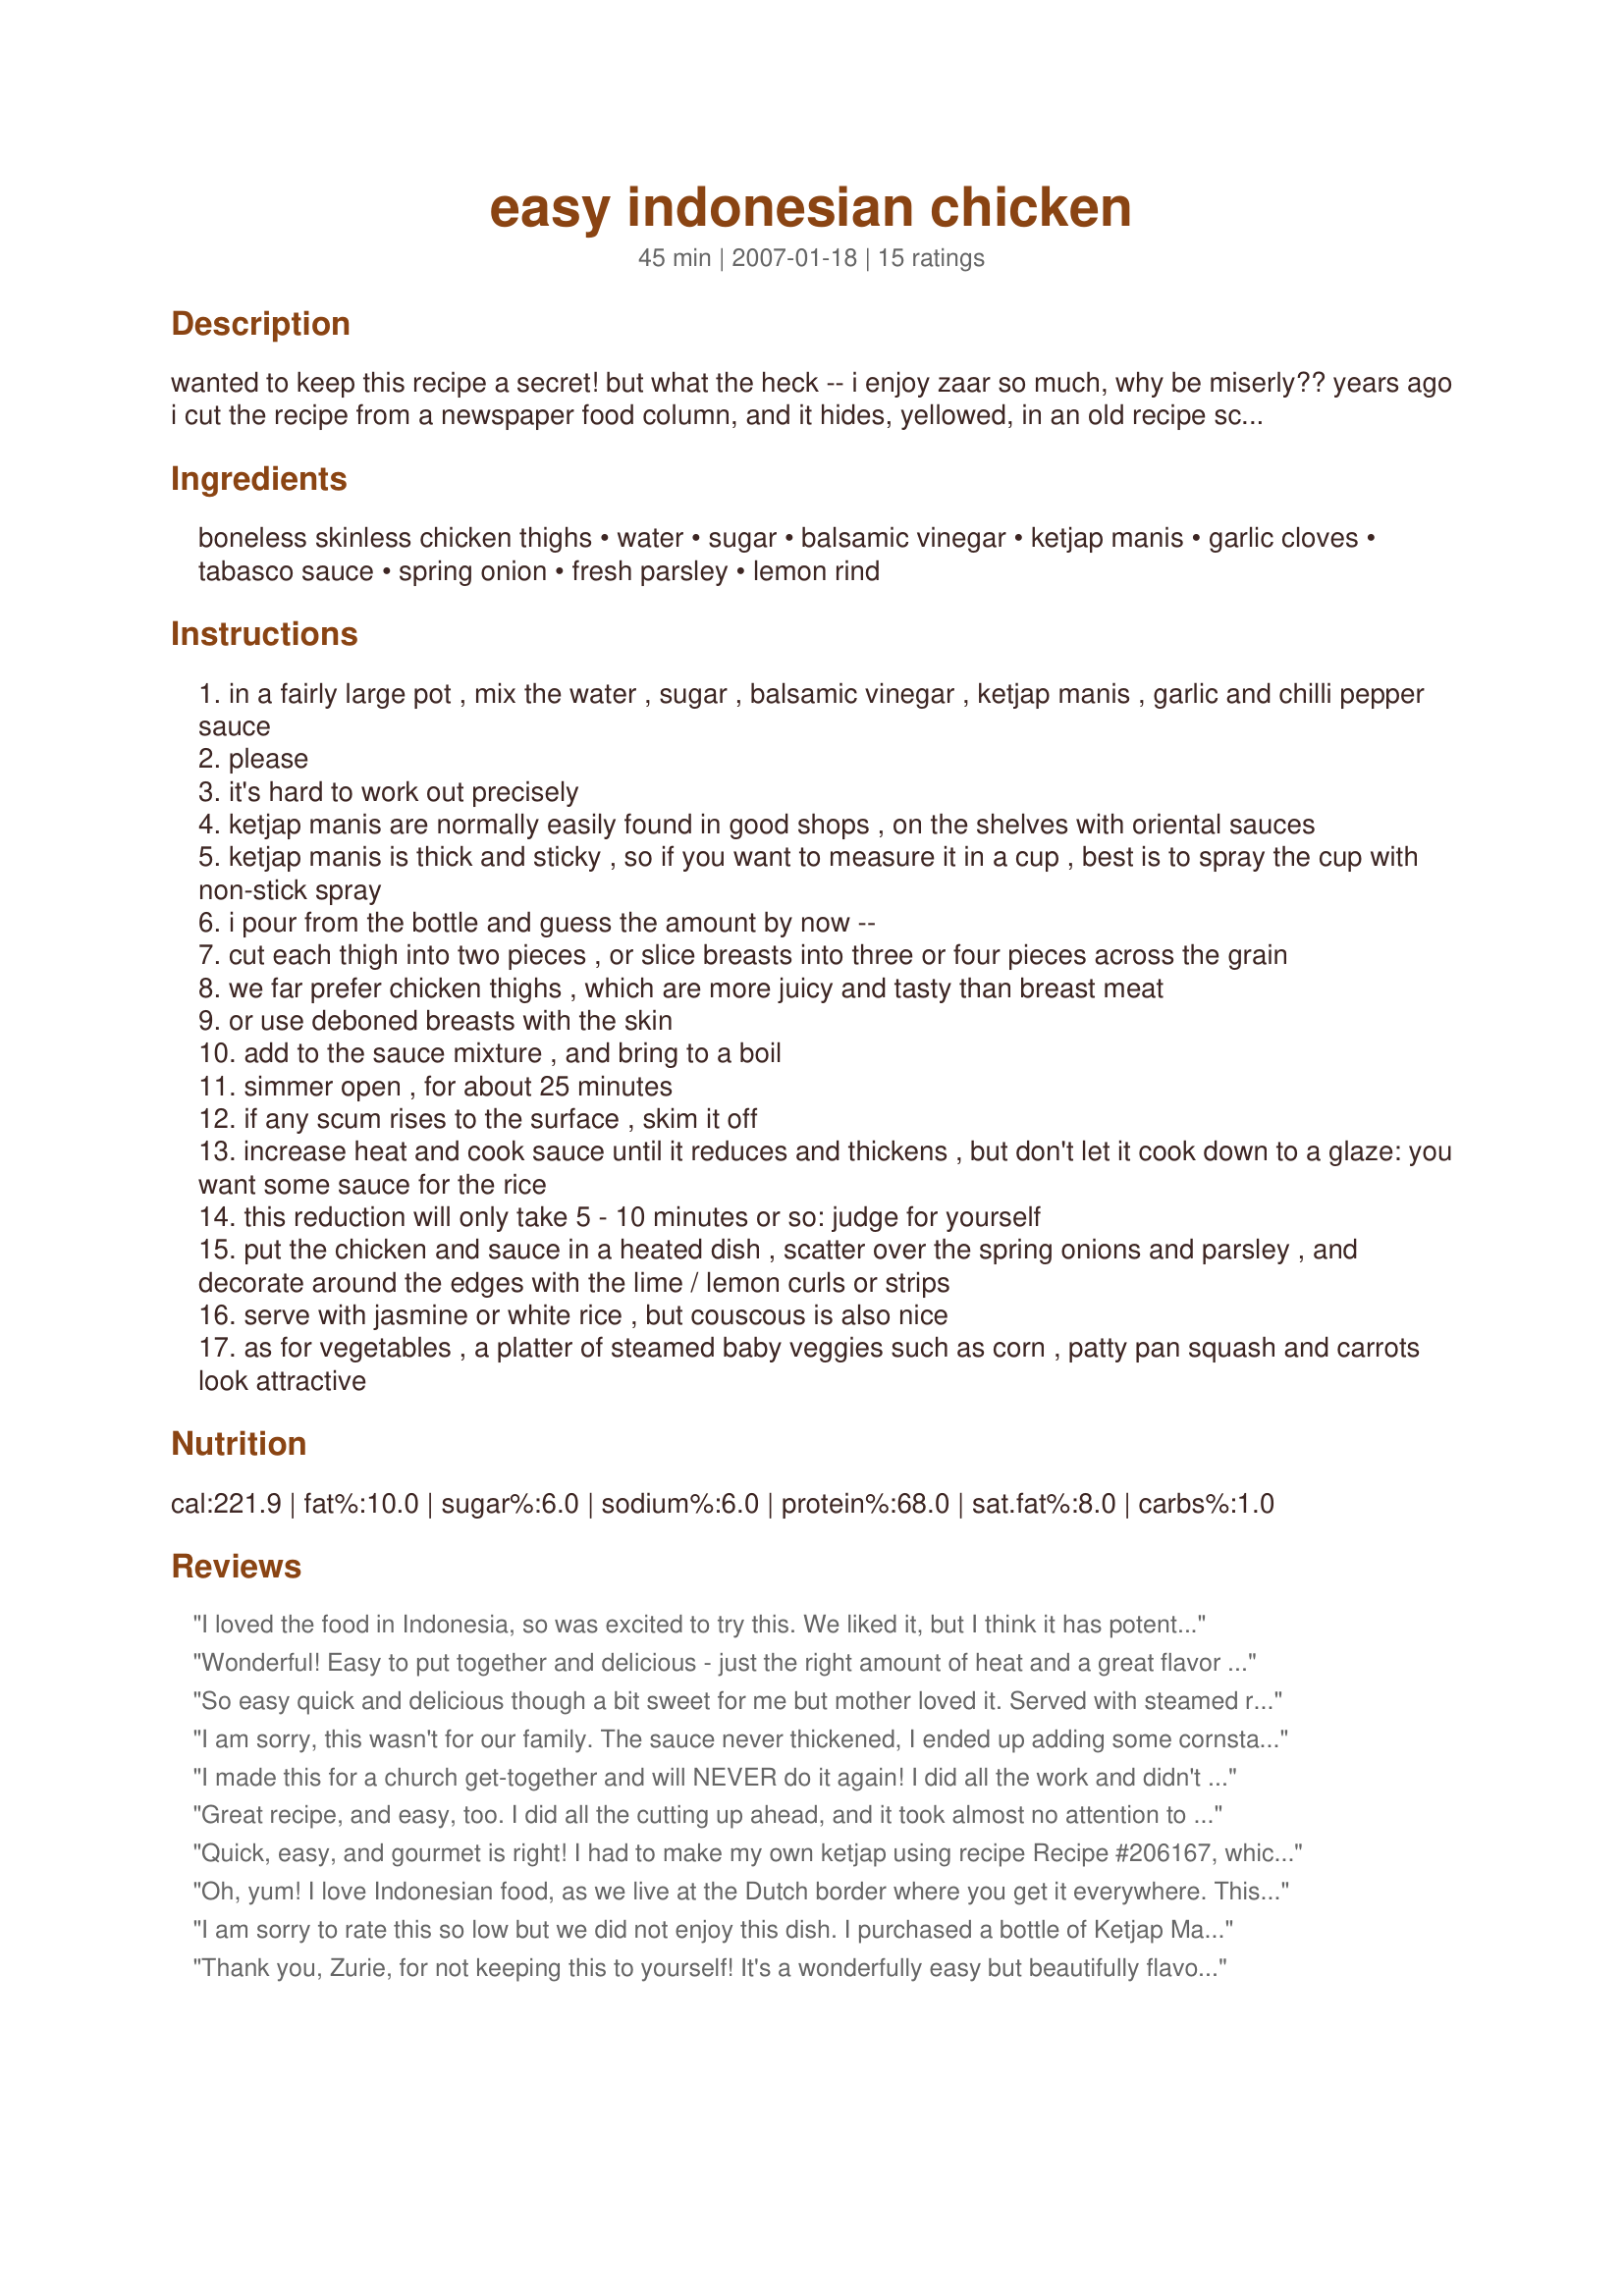
easy indonesian chicken
Preparation time: 45 minutes

wanted to keep this recipe a secret! but what the heck -- i enjoy zaar so much, why be miserly?? years ago i cut the recipe from a newspaper food column, and it hides, yellowed, in an old recipe scrapbook. i make it every now and then and i guarantee that it's a quick, easy, gourmet meal! the original recipe specified rice vinegar, but i use balsamic. edited on jan 8, 2010: although i posted the recipe as i use it, it seems the 1 cup water specified caused problems for some cooks, so i've lessened the amount. if you use only 1/2 cup as below, do keep a close eye on the reducing sauce in case it thickens too much. and please -- do taste the sauce before removing from the heat. some people like it with more hot pepper, and some may want to tweak the other ingredients. chicken breast is a little too dry for this recipe, so i stand by the point that thighs, even with skin, are the better option.

Ingredients:
boneless skinless chicken thighs, water, sugar, balsamic vinegar, ketjap manis, garlic cloves, tabasco sauce, spring onion, fresh parsley, lemon rind

Steps:
in a fairly large pot , mix the water , sugar , balsamic vinegar , ketjap manis , garlic and chilli pepper sauce
please
it's hard to work out precisely
ketjap manis are normally easily found in good shops , on the shelves with oriental sauces
ketjap manis is thick and sticky , so if you want to measure it in a cup , best is to spray the cup with non-stick spray
i pour from the bottle and guess the amount by now --
cut each thigh into two pieces , or slice breasts into three or four pieces across the grain
we far prefer chicken thighs , which are more juicy and tasty than breast meat
or use deboned breasts with the skin
add to the sauce mixture , and bring to a boil
simmer open , for about 25 minutes
if any scum rises to the surface , skim it off
increase heat and cook sauce until it reduces and thickens , but don't let it cook down to a glaze: you want some sauce for the rice
this reduction will only take 5 - 10 minutes or so: judge for yourself
put the chicken and sauce in a heated dish , scatter over the spring onions and parsley , and decorate around the edges with the lime / lemon curls or strips
serve with jasmine or white rice , but couscous is also nice
as for vegetables , a platter of steamed baby veggies such as corn , patty pan squash and carrots look attractive

Reviews:
I loved the food in Indonesia, so was excited to try this. We liked it, but I think it has potential for tweaking to make it better. I used only half the water (since others mentioned they had to boil it a long time to get a thick sauce), so the sauce was nice and thick for me at the 25 minute mark. I wish I had tasted it before I plated it, I would have added more chili sauce and some brown sugar and lime to balance out the strong flavor of the molasses. The sauce has a perfect sticky consistency, so I think toying with the end flavor could make this a very good dish.
Wonderful! Easy to put together and delicious - just the right amount of heat and a great flavor blend. I used Recipe #39318 for this since I didn't have any on hand. Thanks for posting!
So easy quick and delicious though a bit sweet for me but mother loved it. Served with steamed rice and vegetables (carrots, brocollie and cauliflower), certainly need that sauce for mop up. The only suggestion I would make is put steps 3 to 5 as a footnote and make step 6 number 3 and carry through from there. Definately a keeper and will be using again expecially as mid week meals.
I am sorry, this wasn't for our family. The sauce never thickened, I ended up adding some cornstarch/water to get it nice and thick. My family decided that they did not want to see this on the menu again. Such a shame too, because it looked so appetizing on the picture!!!
I made this for a church get-together and will NEVER do it again! I did all the work and didn't get to eat any...This is phenomenal. I love it with sticky rice and my family could eat it every day!
Great recipe, and easy, too. I did all the cutting up ahead, and it took almost no attention to cook and serve it. It didn't look or smell that great (to me) when cooking, but the eating was terrific. In fact, my sister asked for the recipe. We couldn't stop eating the sauce over rice - I used brown jasmine. A couple of cooking notes - it took more like 20 minutes to reduce the sauce enough - next time, I may add only 1/2 cup water. I also added 1 star anise. I had thought the full cup of scallions was way too much, and only served about 1/3 c., but we did sprinkle all the rest on our dinners, so next time, I will not be shy. Also, I used cilantro instead of parsley. I have no idea if it's Indonesian, but I had it in the fridge and we love it. Very tasty meal ~ I am so glad you did post!
Quick, easy, and gourmet is right! I had to make my own ketjap using recipe Recipe #206167, which only took a little effort. Then the recipe only took about 5 minutes to throw together. It was absolutely restaurant quality. It's going to be my low fat sub for Chinese food from now on. I also sprinkled the final recipe with toasted sesame seeds. Served it with shirataki noodles, and green beans. THanks for another great recipe Zurie!
Oh, yum! I love Indonesian food, as we live at the Dutch border where you get it everywhere. This was right up our alley. I used my own homemade gluten free ketjap manis (tamari, beet molasses, pinch of five spice powder) and chicken breasts. They did get a little dry, next time I&#039;ll use thighs, and there will be a next time! We had it with steamed sugar peas and thai rice. Thanks for sharing this delicious recipe!&lt;br/&gt;Made for the Cook-A-Thon in memory of Gideon.
I am sorry to rate this so low but we did not enjoy this dish. I purchased a bottle of Ketjap Manis just for this recipe to make sure I have all the correct ingredients. Maybe 1 cup of water is too much. It took a long time to reduce the sauce, it did not thicken and made the meat a bit tough. Thank you.
Thank you, Zurie, for not keeping this to yourself! It's a wonderfully easy but beautifully flavoured dish that both adults and teenagers loved. This was my first time using ketjap manis (I finally tracked it down) and it really has a fantastic consistency and flavour in the sauce. I did not reduce the sauce for as long and we didn't mind having a thinner sauce, but next time I will reduce as per the recipe. And I think I will try rice vinegar next time just to try it. I doubt it will improve the flavour since this is wonderful as written. I'll be making this again and often. Thank you!
This is good! Made it as stated and it tasted just as you would get in an Indonesian restaurant here. My sauce was nice and thick and it did not take too long to boil it down. I love using balsamic vinegar and was very pleased that you suggested that instead of the rice vinegar. The second time I made it I also added some chopped mushrooms. Served this over rice the first time and have also enjoyed it with potatoes and cous-cous. Since it is too much for one meal for the two of us I have frozen some and can "report" that it freezes well. Oh and thanks for mentioning metric measurements too! So much easier if you're used to it as we are here in Europe. Thanks for posting and for revealing your "secret recipe".
It was really delicious, and the water of the recipe was not too much. I had a big pot and the evaporation is for sure higher than with smaller pots. Zurie, thanks for posting this recipe!
You can see it's 5 stars by the 'photos! No wonder you tried to keep that one up your sleeve for so long Zurie! Tasty, tangy, low-fat, easy & quick - a wonderful recipe which we BOTH enjoyed, hubby is a bit fussy about spices if over used, but he loved this. I did not have any spring onions, so I used some red onions - I suspect that spring onions will improve the recipe even more; and, I cannot help myself, but I found myself garnishing the chicken with some sesame seeds which I felt enhanced the recipe! We ate it with my Saffron Scented Fruity Rice - I will serve it with steamed vegetables next time, as well as the rice. Thank you for posting this recipe - I am afraid, it's not a secret anymore - I have sent it to my Mum, who will love it too!
Look forward to putting this on my Recipes to Review list :) SOON
THANKS!
Zurie,
Thank you so, so, much for posting this recipe. I grew up in Indonesia. I left when I was 12 yrs. old. I love Indonesian food and just know I will love this recipe. I take care of my elderly father, and he lived there 18 yrs., so it will be a wonderful surprise when I make this for him. It was so nice of you to share!!!
Love,
Becky
